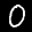
Label: 0